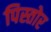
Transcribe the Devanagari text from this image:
पिस्तोर